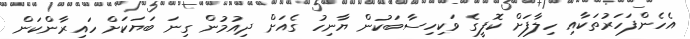
އެހެންފަހަރުތަކާއި ހިލާފަށް ކޮފީގެ ވަކިހިސާބަކުން ޔާނިހު ގެއަށް ދިއުމުން ގިނަ ބަޔަކަށް ހައިރާންކަން